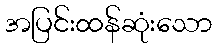
အပြင်းထန်ဆုံးသော